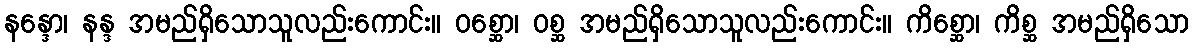
နန္ဒော၊ နန္ဒ အမည်ရှိသောသူလည်းကောင်း။ ဝစ္ဆော၊ ဝစ္ဆ အမည်ရှိသောသူလည်းကောင်း။ ကိစ္ဆော၊ ကိစ္ဆ အမည်ရှိသော